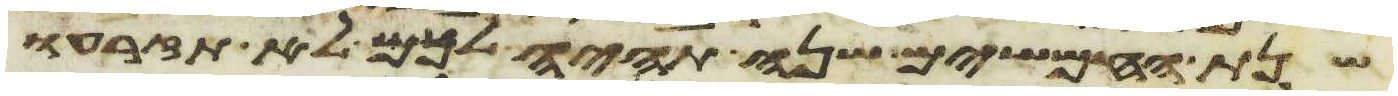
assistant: שנת החמשים שנה תהיה לכם לא תזרעו